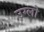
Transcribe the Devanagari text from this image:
उग्लो